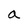
Character: a